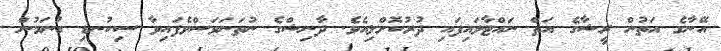
އޭނާގެ އަތުން ރީޝާގެ އަތް ނައްޓާލައިފައި ދުރުކޮށްލިއެވެ. ދާނިޝްގެ ނުތަނަވަސްވެފައިވާ ސިކުނޑި ބުނަމުން